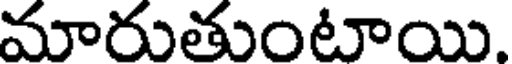
మారుతుంటాయి.